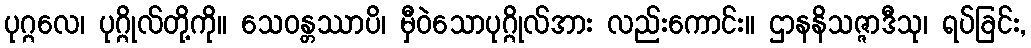
ပုဂ္ဂလေ၊ ပုဂ္ဂိုလ်တို့ကို။ သေဝန္တဿာပိ၊ မှီဝဲသောပုဂ္ဂိုလ်အား လည်းကောင်း။ ဌာနနိသဇ္ဇာဒီသု၊ ရပ်ခြင်း,